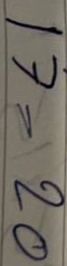
17 = 20